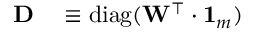
\begin{array} { r l } { \mathbf { D } } & { { } \equiv \mathrm { d i a g } ( \mathbf { W } ^ { \top } \cdot \mathbf { 1 } _ { m } ) } \end{array}